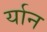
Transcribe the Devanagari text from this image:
र्यान